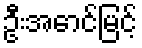
ဦးအောင်မြင့်